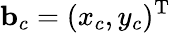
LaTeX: {\mathbf b}_{c}=(x_{c},y_{c})^{{\mathrm T}}